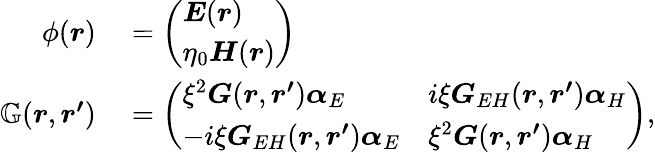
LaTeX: \begin{array}{rl}{\phi(\boldsymbol{r})}&{{}=\left(\begin{array}{l}{\boldsymbol{E}(\boldsymbol{r})}\\ {\eta_{0}\boldsymbol{H}(\boldsymbol{r})}\end{array}\right)}\\ {\mathbb{G}(\boldsymbol{r},\boldsymbol{r^{\prime}})}&{{}=\left(\begin{array}{ll}{\xi^{2}\boldsymbol{G}(\boldsymbol{r},\boldsymbol{r^{\prime}})\boldsymbol{\alpha}_{E}}&{i\xi\boldsymbol{G}_{EH}(\boldsymbol{r},\boldsymbol{r^{\prime}})\boldsymbol{\alpha}_{H}}\\ {-i\xi\boldsymbol{G}_{EH}(\boldsymbol{r},\boldsymbol{r^{\prime}})\boldsymbol{\alpha}_{E}}&{\xi^{2}\boldsymbol{G}(\boldsymbol{r},\boldsymbol{r^{\prime}})\boldsymbol{\alpha}_{H}}\end{array}\right),}\end{array}